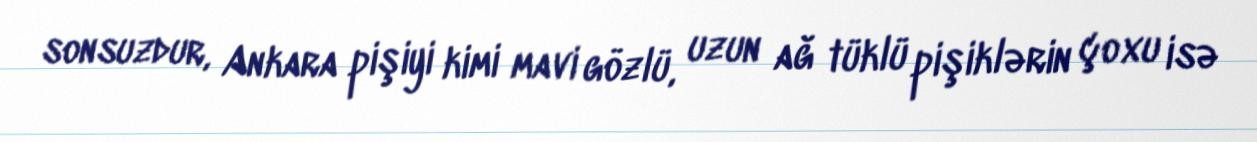
sonsuzdur, Ankara pişiyi kimi mavi gözlü, uzun ağ tüklü pişiklərin çoxu isə